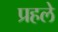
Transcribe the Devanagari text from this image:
प्रहले